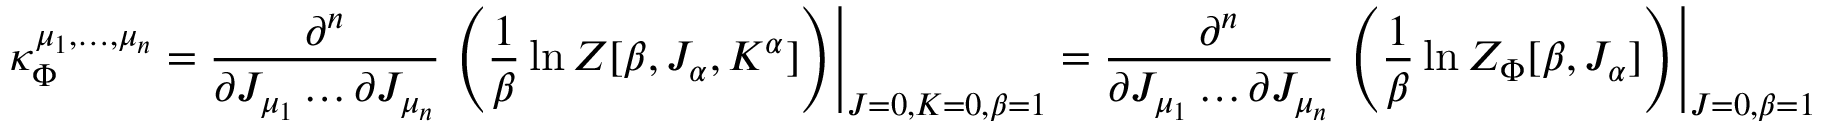
\kappa _ { \Phi } ^ { \mu _ { 1 } , \hdots , \mu _ { n } } = \frac { \partial ^ { n } } { \partial J _ { \mu _ { 1 } } \hdots \partial J _ { \mu _ { n } } } \left. \left( \frac { 1 } { \beta } \ln Z [ \beta , J _ { \alpha } , K ^ { \alpha } ] \right) \right| _ { J = 0 , K = 0 , \beta = 1 } = \frac { \partial ^ { n } } { \partial J _ { \mu _ { 1 } } \hdots \partial J _ { \mu _ { n } } } \left. \left( \frac { 1 } { \beta } \ln Z _ { \Phi } [ \beta , J _ { \alpha } ] \right) \right| _ { J = 0 , \beta = 1 }